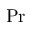
\mathrm { P r }